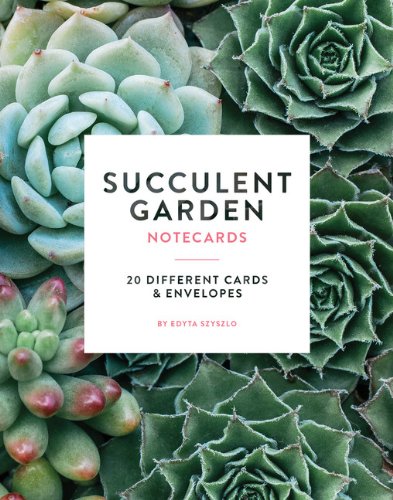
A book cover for Succulent Garden Notecards: 20 Different Cards and Envelopes; Edyta Szyszlo; Crafts, Hobbies & Home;